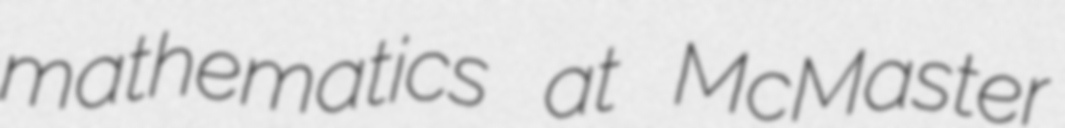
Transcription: mathematics at McMaster